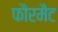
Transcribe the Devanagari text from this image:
फौरमैट